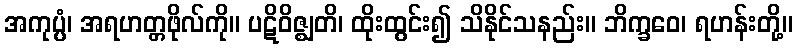
အကုပ္ပံ၊ အရဟတ္တဖိုလ်ကို။ ပဋိဝိဇ္ဈတိ၊ ထိုးထွင်း၍ သိနိုင်သနည်း။ ဘိက္ခဝေ၊ ရဟန်းတို့။